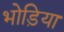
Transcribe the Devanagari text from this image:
भोड़िया